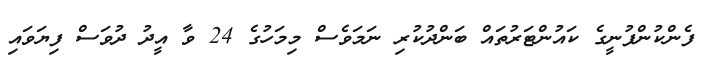
ފެންކުންފުނީގެ ކައުންޓަރުތައް ބަންދުކުރި ނަމަވެސް މިމަހުގެ 24 ވާ އީދު ދުވަސް ފިޔަވައި